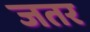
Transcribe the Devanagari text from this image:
जतर